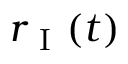
r _ { \mathrm { ~ I ~ } } ( t )